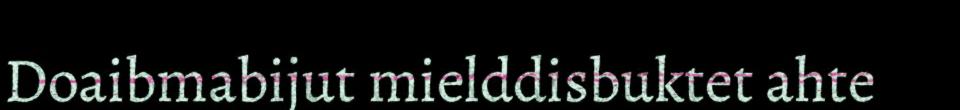
Doaibmabijut mielddisbuktet ahte